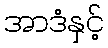
အာဒံနှင့်